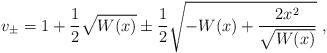
\begin{align*}v_{\pm} = 1 + \frac{1}{2}\sqrt{W(x)} \pm\frac{1}{2}\sqrt{-W(x) +\frac{2x^{2}}{\sqrt{W(x)}}}\;,\end{align*}